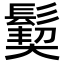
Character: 𩮁